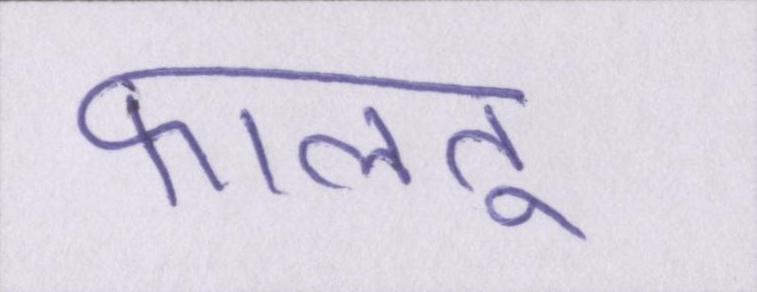
फालतू